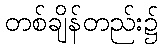
တစ်ချိန်တည်း၌